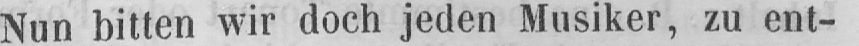
Nun bitten wir doch jeden Musiker, zu ent-